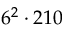
6 ^ { 2 } \cdot 2 1 0